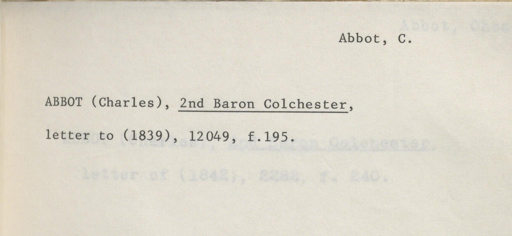
Label: content